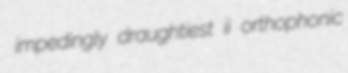
impedingly draughtiest ii orthophonic